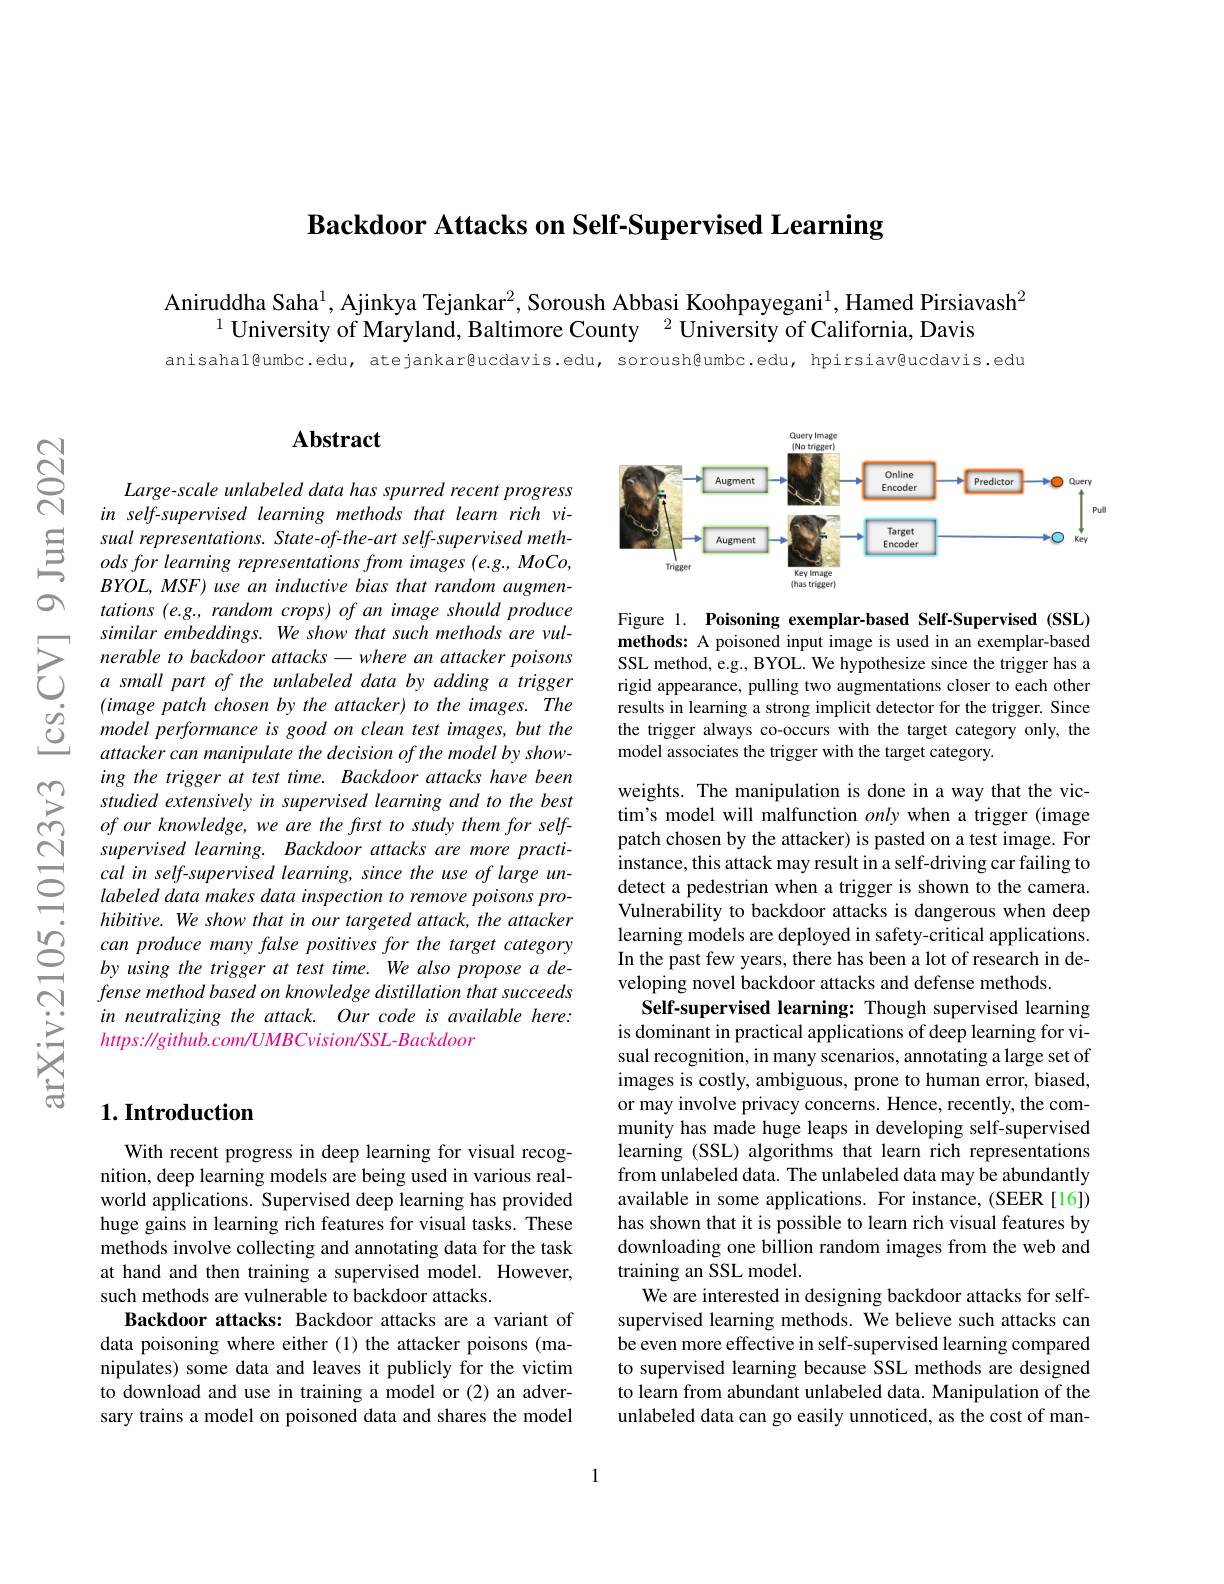
Backdoor Attacks on Self-Supervised Learning

Aniruddha Saha$^{1}$, Ajinkya Tejankar$^{2}$, Soroush Abbasi Koohpayegani$^{1}$, Hamed Pirsiavash$^{2}$
$^{1}$ University of Maryland, Baltimore County $^{2}$ University of California, Davis

anisahal@umbc.edu, atejankar@ucdavis.edu, soroush@umbc.edu, hpirsiav@ucdavis.edu

## $\mathbf{Abstract}$

Large- scale unlabeled data has spurred recent progress in self-supervised learning methods that learn rich vi-
$\begin{array}{ccc}\text{Sual representations. State-of-the-art self-supervised meth-}\\\text{S}&\textit{ods for learning representations from images (e.g., MoCo,BYOL, MSF) use an inductive bias that random augmen-}\end{array}$
tations (e.g., random crops) of an image should produce similar embeddings. We show that such methods are vulnerable to backdoor attacks-where an attacker poisons a small part of the unlabeled data by adding a trigger $(imagepatchchosenbytheattacker)totheimages.The$ model performance is good on clean test images, but the attacker can manipulate the decision of the model by showing the trigger at test time. Backdoor attacks have been studied extensively in supervised learning and to the best $ofourknowledge,wearethefrsttostudythemforself-$ supervised learning. Backdoor attacks are more practical in self-supervised learning, since the use of large unlabeled data makes data inspection to remove poisons prohibitive. We show that in our targeted attack, the attacker can produce many false positives for the target category by using the trigger at test time. We also propose a defense method based on knowledge distillation that succeeds in neutralizing the attack. Our code is available here: $https:\|github.com/UMBCvision/SSL-Backdoor$

<FigureHere>

Figure 1. Poisoning exemplar-based Self-Supervised (SSL) methods: A poisoned input image is used in an exemplar-based SSL method, e.g., BYOL. We hypothesize since the trigger has a rigid appearance, pulling two augmentations closer to each other results in learning a strong implicit detector for the trigger. Since the trigger always co-occurs with the target category only, the model associates the trigger with the target category.

weights. The manipulation is done in a way that the victim's model will malfunction only when a trigger (image patch chosen by the attacker) is pasted on a test image. For $\hat{\text{instance, this attack may result in a self-driving car failing to}}$ detect a pedestrian when a trigger is shown to the camera. Vulnerability to backdoor attacks is dangerous when deep learning models are deployed in safety-critical applications. In the past few years, there has been a lot of research in developing novel backdoor attacks and defense methods
Self-supervised learning: Though supervised learning is dominant in practical applications of deep learning for visual recognition, in many scenarios, annotating a large set of images is costly, ambiguous, prone to human error, biased, or may involve privacy concerns. Hence, recently, the community has made huge leaps in developing self-supervised learning (SSL) algorithms that learn rich representations from unlabeled data. The unlabeled data may be abundantly available in some applications. For instance, (SEER [16]) has shown that it is possible to learn rich visual features by downloading one billion random images from the web and training an SSL model
We are interested in designing backdoor attacks for selfsupervised learning methods. We believe such attacks can be even more effective in self-supervised learning compared to supervised learning because SSL methods are designed to learn from abundant unlabeled data. Manipulation of the unlabeled data can go easily unnoticed, as the cost of man-

## $1. \textbf{Introduction}$

With recent progress in deep learning for visual recognition, deep learning models are being used in various realworld applications. Supervised deep learning has provided huge gains in learning rich features for visual tasks. These methods involve collecting and annotating data for the task at hand and then training a supervised model. However, such methods are vulnerable to backdoor attacks.
Backdoor attacks: Backdoor attacks are a variant of data poisoning where either (1) the attacker poisons (manipulates) some data and leaves it publicly for the victim to download and use in training a model or (2) an adversary trains a model on poisoned data and shares the model